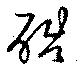
酷